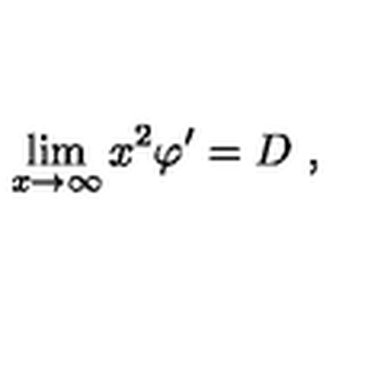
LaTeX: \lim _ { x \rightarrow \infty } x ^ { 2 } \varphi ^ { \prime } = D \ ,